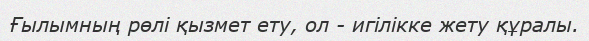
Ғылымның рөлі қызмет ету, ол - игілікке жету құралы.